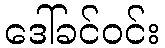
ဒေါ်ခင်ဝင်း